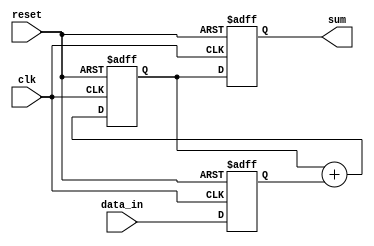
module cascaded_accumulator(
    input wire clk,
    input wire reset,
    input wire [7:0] data_in,
    output reg [15:0] sum
);

reg [7:0] input_data;
reg [15:0] temp_sum;

always @(posedge clk or posedge reset) begin
    if (reset) begin
        input_data <= 8'b0;
        temp_sum <= 16'b0;
        sum <= 16'b0;
    end else begin
        input_data <= data_in;
        temp_sum <= temp_sum + input_data;
        sum <= temp_sum;
    end
end

endmodule